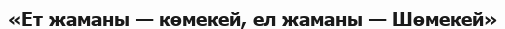
«Ет жаманы — көмекей, ел жаманы — Шөмекей»